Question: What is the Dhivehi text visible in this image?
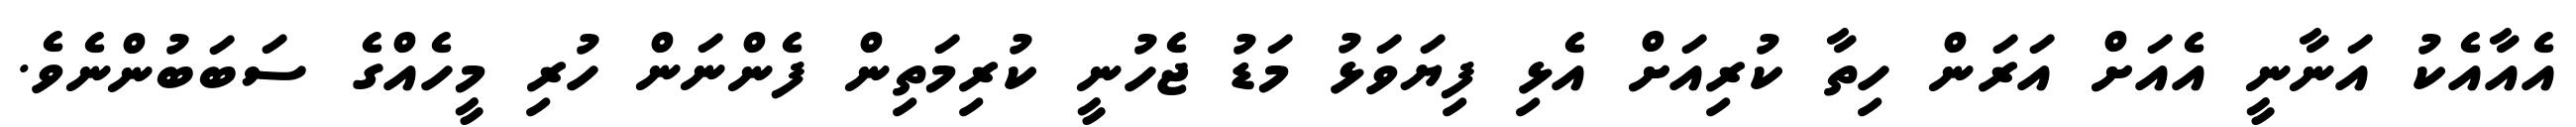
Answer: އެއާއެކު އަނާނީ އެއަށް އަރަން ހިތާ ކުރިއަށް އެޅި ފިޔަވަޅު މަޑު ޖެހުނީ ކުރިމަތިން ފެންނަން ހުރި މީހެއްގެ ސަބަބުންނެވެ.